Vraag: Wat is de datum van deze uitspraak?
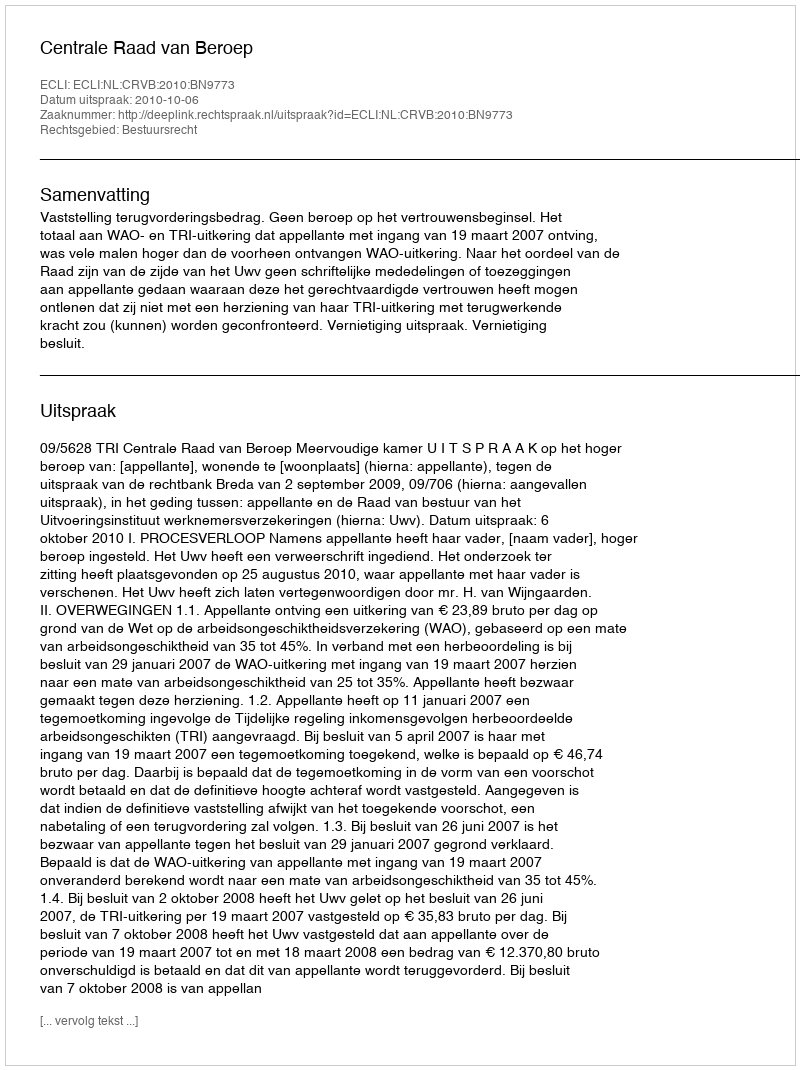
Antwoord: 2010-10-06